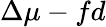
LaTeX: \Delta\mu-fd